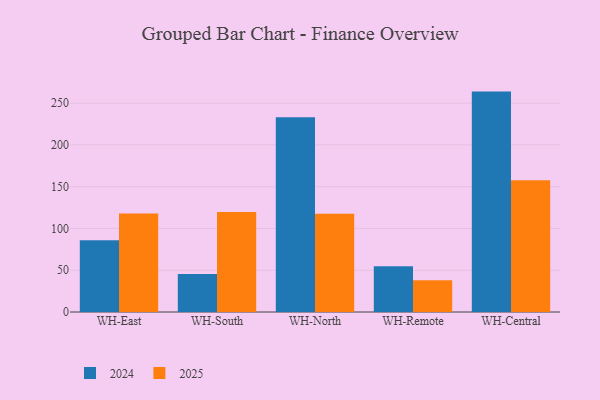
{"axis": {"x": "Warehouse", "y": "Inventory Turnover"}, "legend": ["2024", "2025"], "data": [{"x": "WH-East", "y": 85.9, "type": "2024"}, {"x": "WH-East", "y": 117.8, "type": "2025"}, {"x": "WH-South", "y": 45.6, "type": "2024"}, {"x": "WH-South", "y": 119.7, "type": "2025"}, {"x": "WH-North", "y": 233.1, "type": "2024"}, {"x": "WH-North", "y": 117.5, "type": "2025"}, {"x": "WH-Remote", "y": 54.9, "type": "2024"}, {"x": "WH-Remote", "y": 38.0, "type": "2025"}, {"x": "WH-Central", "y": 263.8, "type": "2024"}, {"x": "WH-Central", "y": 157.7, "type": "2025"}]}